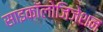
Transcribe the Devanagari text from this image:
साइकॉलोजिज़ेशन